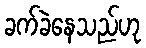
ခက်ခဲနေသည်ဟု